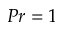
P r = 1